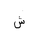
Letter: _shin